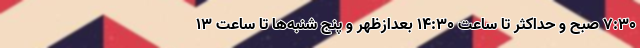
۷:۳۰ صبح و حداکثر تا ساعت ۱۴:۳۰ بعدازظهر و پنج شنبه‌ها تا ساعت ۱۳